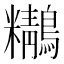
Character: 𪇒